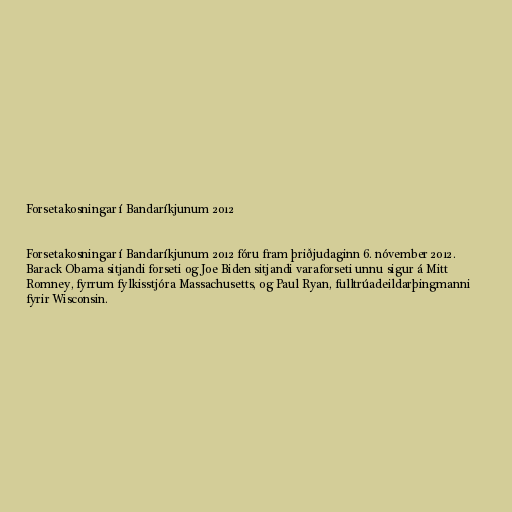
Forsetakosningar í Bandaríkjunum 2012

Forsetakosningar í Bandaríkjunum 2012 fóru fram þriðjudaginn 6. nóvember 2012.
Barack Obama sitjandi forseti og Joe Biden sitjandi varaforseti unnu sigur á Mitt
Romney, fyrrum fylkisstjóra Massachusetts, og Paul Ryan, fulltrúadeildarþingmanni
fyrir Wisconsin.